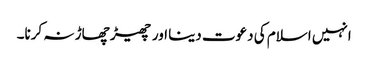
انہیں اسلام کی دعوت دینا اور چھیڑ چھاڑ نہ کرنا۔